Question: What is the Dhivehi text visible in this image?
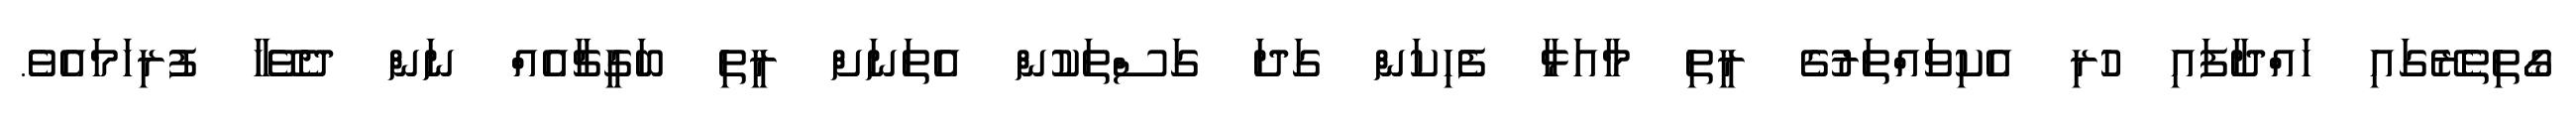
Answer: ގޯތިތެރޭގައި ހައްދާފައި ހުރި އެކިވައްތަރުގެ ރީތި މާއަޅާ ފެހިކަން ގަދަ ގަސްތަކުން އެތަނަށް ރީތި ބަގީޗާއެއް ނަން ދެވޭހާ ފުރިހަމައެވެ.